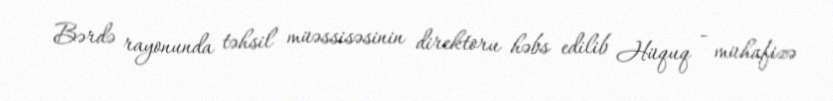
Bərdə rayonunda təhsil müəssisəsinin direktoru həbs edilib Hüquq - mühafizə